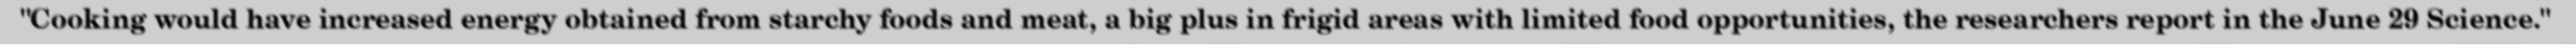
"Cooking would have increased energy obtained from starchy foods and meat, a big plus in frigid areas with limited food opportunities, the researchers report in the June 29 Science."